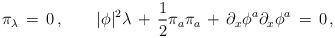
LaTeX: \begin{align*}\pi_\lambda\, =\, 0\, , \qquad |\phi|^2\lambda\, +\, {1\over 2}\pi_a \pi_a\, +\, \partial_x \phi^a \partial_x \phi^a\, =\, 0\, ,\end{align*}